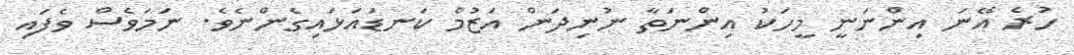
ހުރެ އޭނަ އިންނަނީ މީހަކު އިންނަތާ ނުނިދަން އަޒުމް ކަނޑައަޅައިގެންނެވެ. ނަމަވެސް ވެފައި